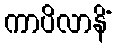
ကာပိလာနိံ